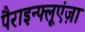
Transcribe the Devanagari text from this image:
पैराइन्फ्लूएंज़ा